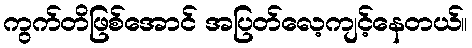
ကွက်တိဖြစ်အောင် အပြတ်လေ့ကျင့်နေတယ်။